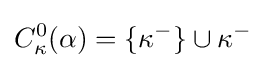
C_{\kappa }^{0}(\alpha )=\{\kappa ^{-}\}\cup \kappa ^{-}